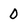
Character: 0